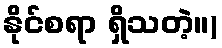
နိုင်စရာ ရှိသတဲ့။)